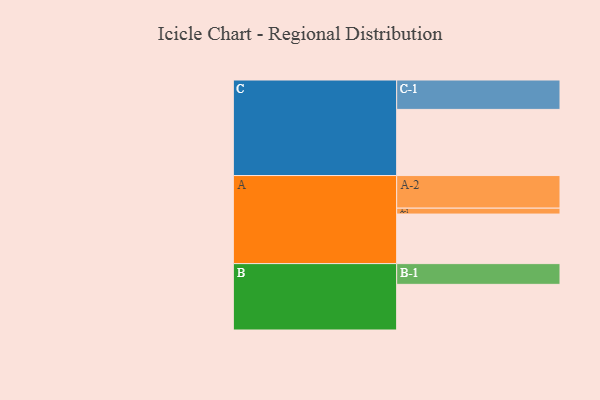
{"axis": {"x": "Segment", "y": "Value"}, "legend": ["", "A", "B", "C"], "data": [{"x": "A", "y": 430, "type": ""}, {"x": "B", "y": 396, "type": ""}, {"x": "C", "y": 574, "type": ""}, {"x": "A-1", "y": 51, "type": "A"}, {"x": "A-2", "y": 283, "type": "A"}, {"x": "B-1", "y": 180, "type": "B"}, {"x": "C-1", "y": 255, "type": "C"}]}